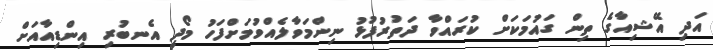
އަދި އޭޝިއާގެ ތިން ގައުމަކަށް ކުރައްވާ ދަތުރުފުޅު ނިންމަވާލެއްވުމަށްފަހު މޯދީ އެނބުރި އިންޑިއާއަށް